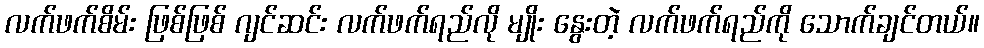
လက်ဖက်စိမ်း ဖြစ်ဖြစ် ဂျင်ဆင်း လက်ဖက်ရည်လို မျိုး နွေးတဲ့ လက်ဖက်ရည်ကို သောက်ချင်တယ်။